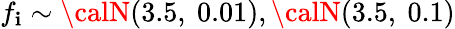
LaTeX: f_{\mathbf{i}}\sim{\calN}(3.5,\ 0.01),{\calN}(3.5,\ 0.1)